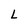
Character: L